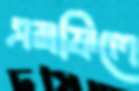
এমফিলে